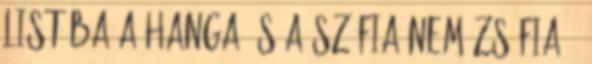
listába a Hanga és a Szófia nem Zsófia ,